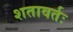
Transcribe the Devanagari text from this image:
शतावर्तः